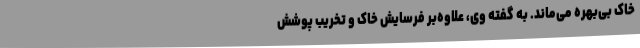
خاک بی‌بهره می‌ماند. به گفته وی، علاوه‌بر فرسایش خاک و تخریب پوشش